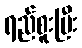
ရည်စူးပြီး